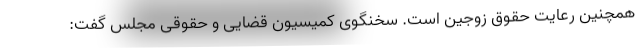
همچنین رعایت حقوق زوجین است. سخنگوی کمیسیون قضایی و حقوقی مجلس گفت: